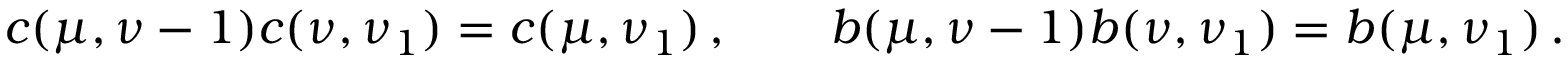
c ( \mu , \nu - 1 ) c ( \nu , \nu _ { 1 } ) = c ( \mu , \nu _ { 1 } ) \, , \qquad b ( \mu , \nu - 1 ) b ( \nu , \nu _ { 1 } ) = b ( \mu , \nu _ { 1 } ) \, .